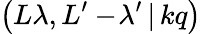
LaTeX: \left(L\lambda,L^{\prime}-\! \lambda^{\prime}\, |\, kq\right)